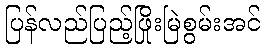
ပြန်လည်ပြည့်ဖြိုးမြဲစွမ်းအင်